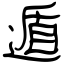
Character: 遁